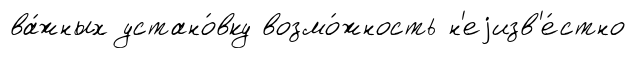
ва́жных устано́вку возмо́жность н'еjизв'е́стно